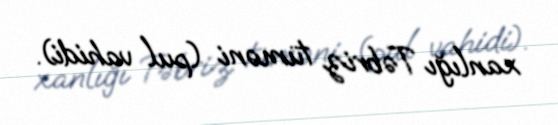
xanlığı Təbriz tüməni (pul vahidi).